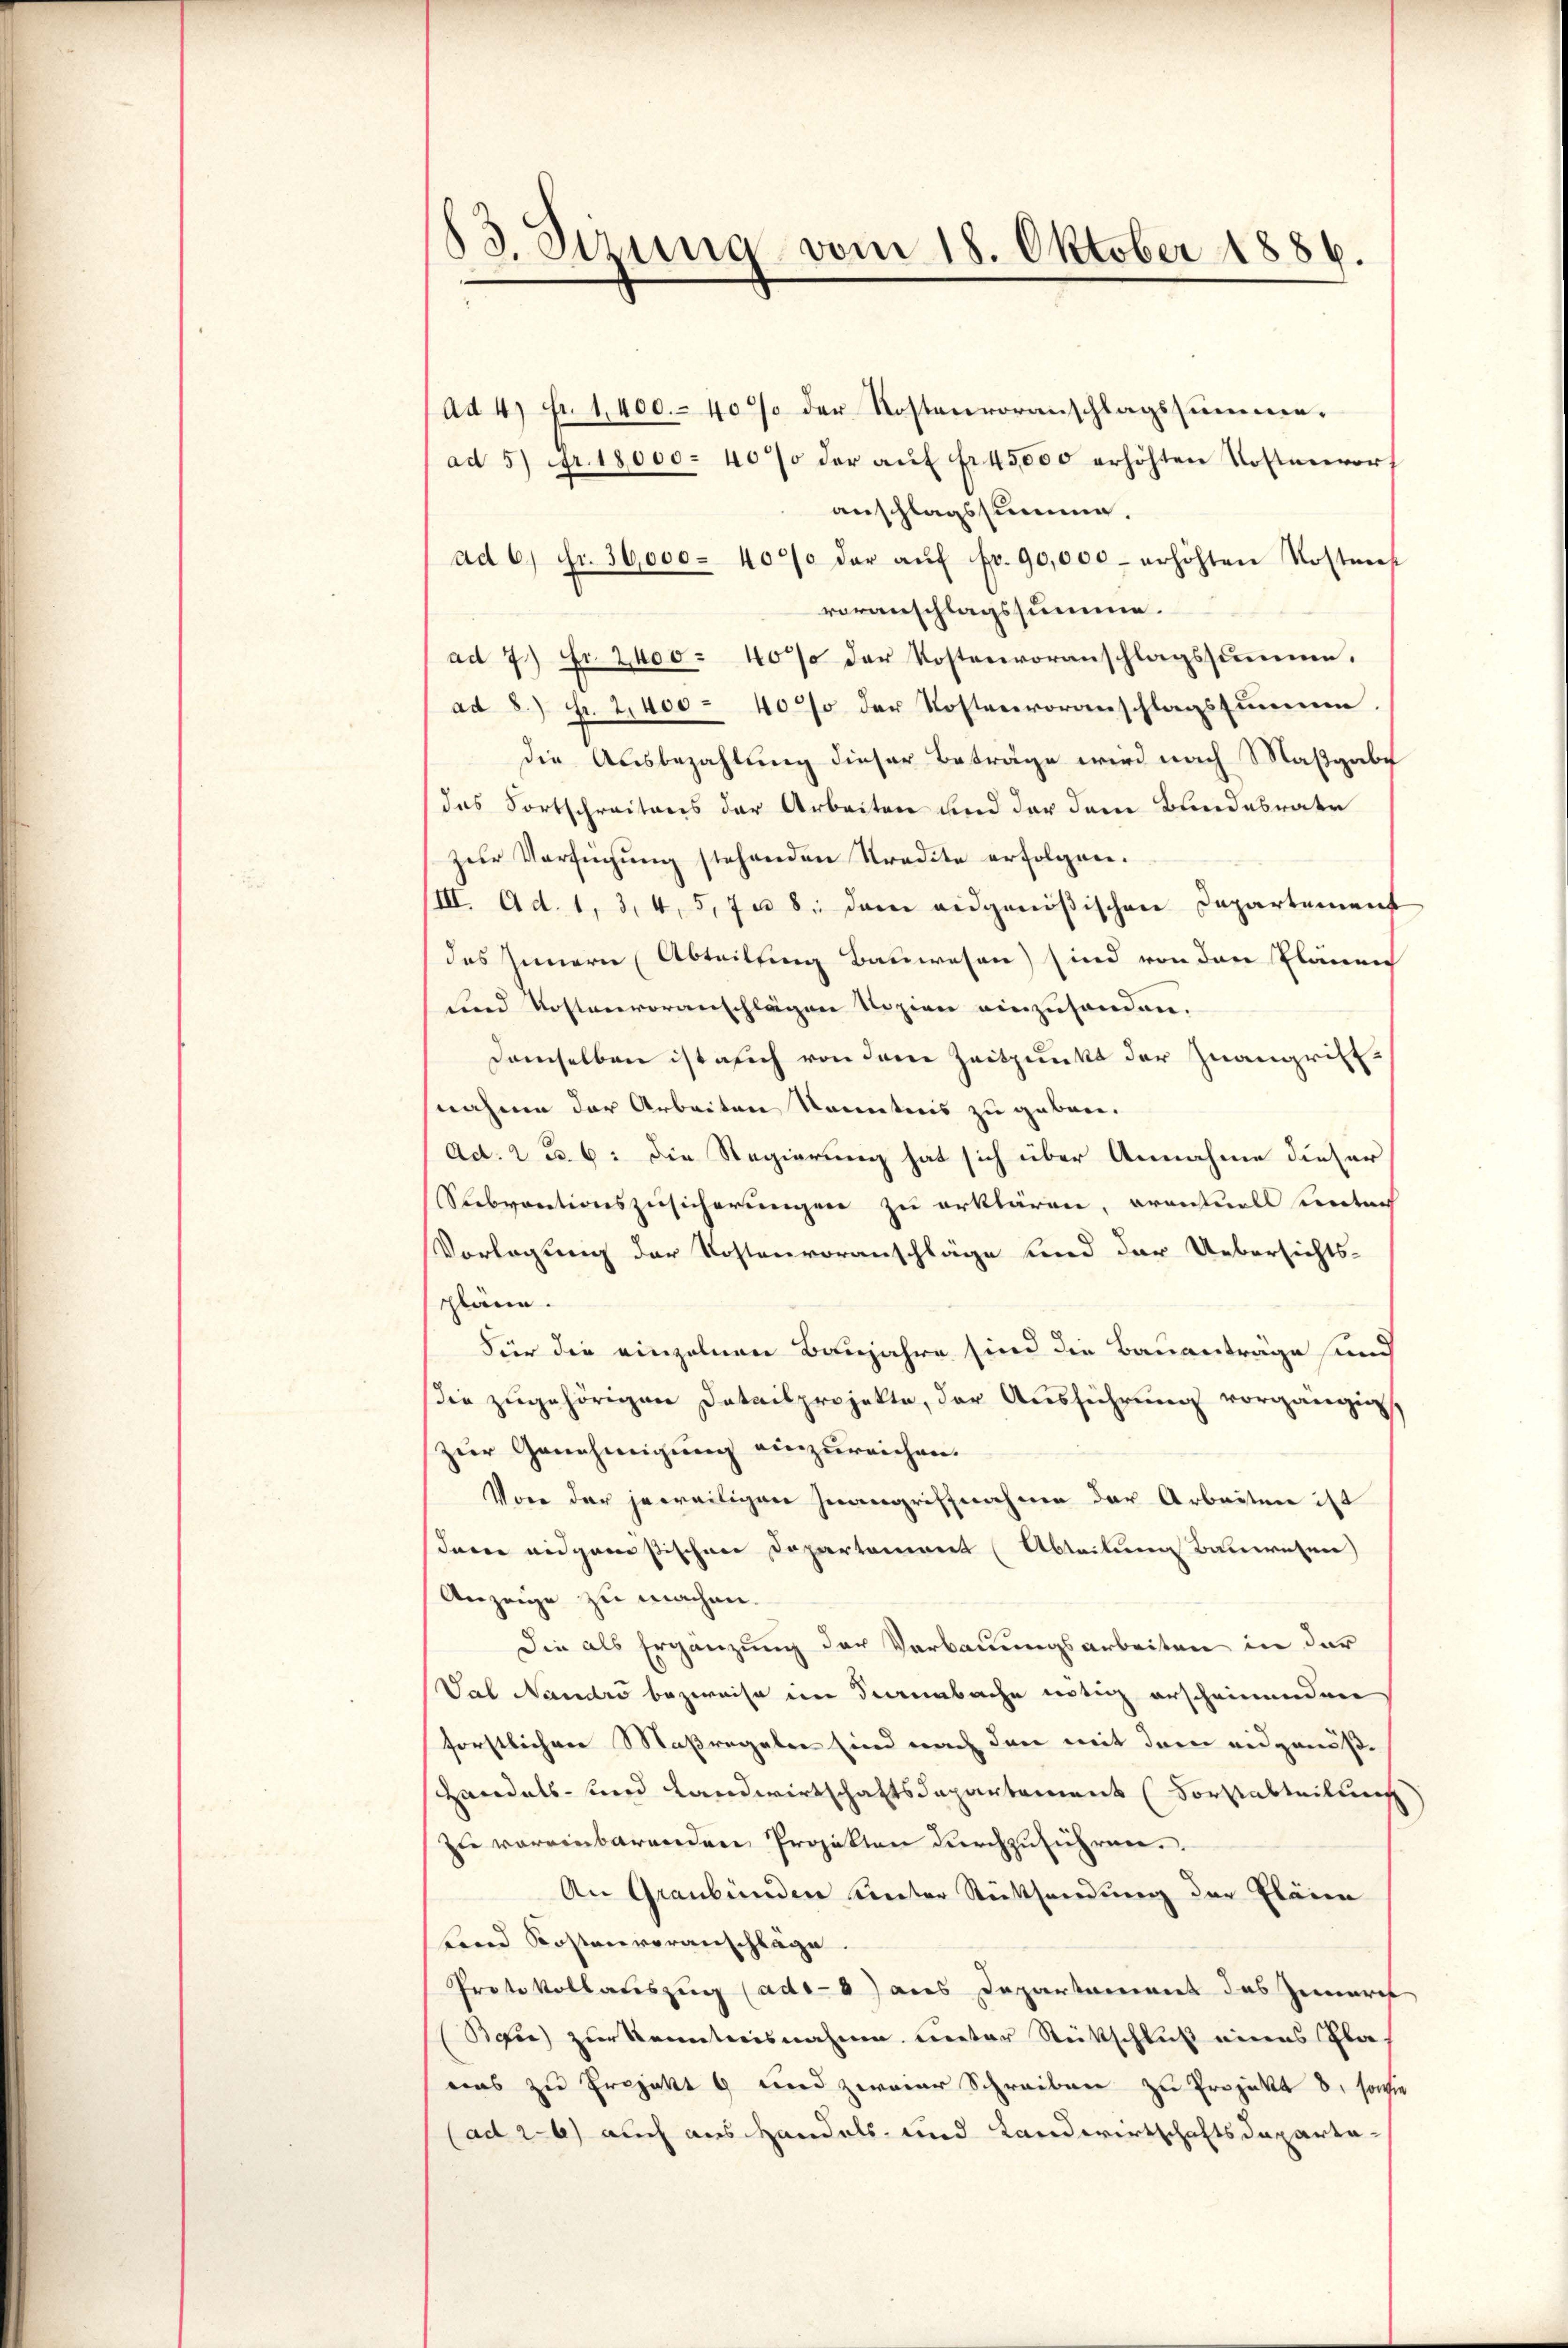
3. Sizung vom 18. Oktober 1886.

ad 4 Fr. 1400.- 40% der Kostenvoranschlagssumme.
ad 5 fr. 18,000 - 40% der aŭf fr 45000 erhöhten Kostenvors
anschlagssumme.
ad 6. Fr. 36,000 - 4000 der aŭf fr. 90,000 erhöhten Kostneh
voranschlagssumme.
ad 7) Fr. 2400 - 40% der Kostenvoranschlagssumme.
ad 8.) Fr. 2,400 - 40% der Kostenvoranschlagssumme.
die Ausbezahlung dieser Beträge wird nach Maßgabe
das Fortschreitens der Arbeiten und der dem Bundebrater
zur Verfügung stehenden Kredite erfolgen.
III. Ad. 1, 3, 4, 5, 7 n 8. dem eidgenößischen Departement
des Innern (Abteilling Bauwesen) sind von den Plänen
und Kostenvoranschlägen Nizien einzuhanden.
demselben ist sich von dem Zeitpunkt der Zuangriff
nahme der Arbeiten Kenntnis zu geben.
Ad. 2 u. 6: die Regierung hat sich über Annahme dieser
Rebventionszusicherungen zu erklären, eventuell entrach
Vorlegung der Kostenvoranschläge und der Uebersichts-
pläne.
Für die einzelnen Baujahre sind die Bauanträge sind
Die zugehörigen Datailprojekte, der Ausführung vorgängig
zur Genehmigung einzureichen.
Von der jeweiligen Inangriffnahme der Arbeiten ist
darin eidganistischen Departement (Abteilung Bauwesen
Anzeige zu machen.
Die als Ergänzung der Verbauungsarbeiten in der
Val Nandro bezweife im Sanabache nötig erscheinenden
forstlichen Maßregelen sind nach den mit dem eidgenöß¬
Handels- und Landwirtschaftsdepartement (Vortabteilung
zu vereinbarenden Projekten durchzuführen.
An Graubünden unter Rüttsendung der Pläne
Land Kostenveranschläge.
Protokollauszug (ade- 6) aus Departament das Gemarit
Bau) zur Kenntnisnahme unter Stückschluß eines Gla-
uns zu Projekt  und zweier Schreiben zu Projekt 8, sowie
(ad 26) auch aus Handels- und Landwirtschaftsdeparta-